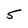
Character: 5